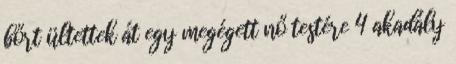
bőrt ültettek át egy megégett nő testére 4 akadály